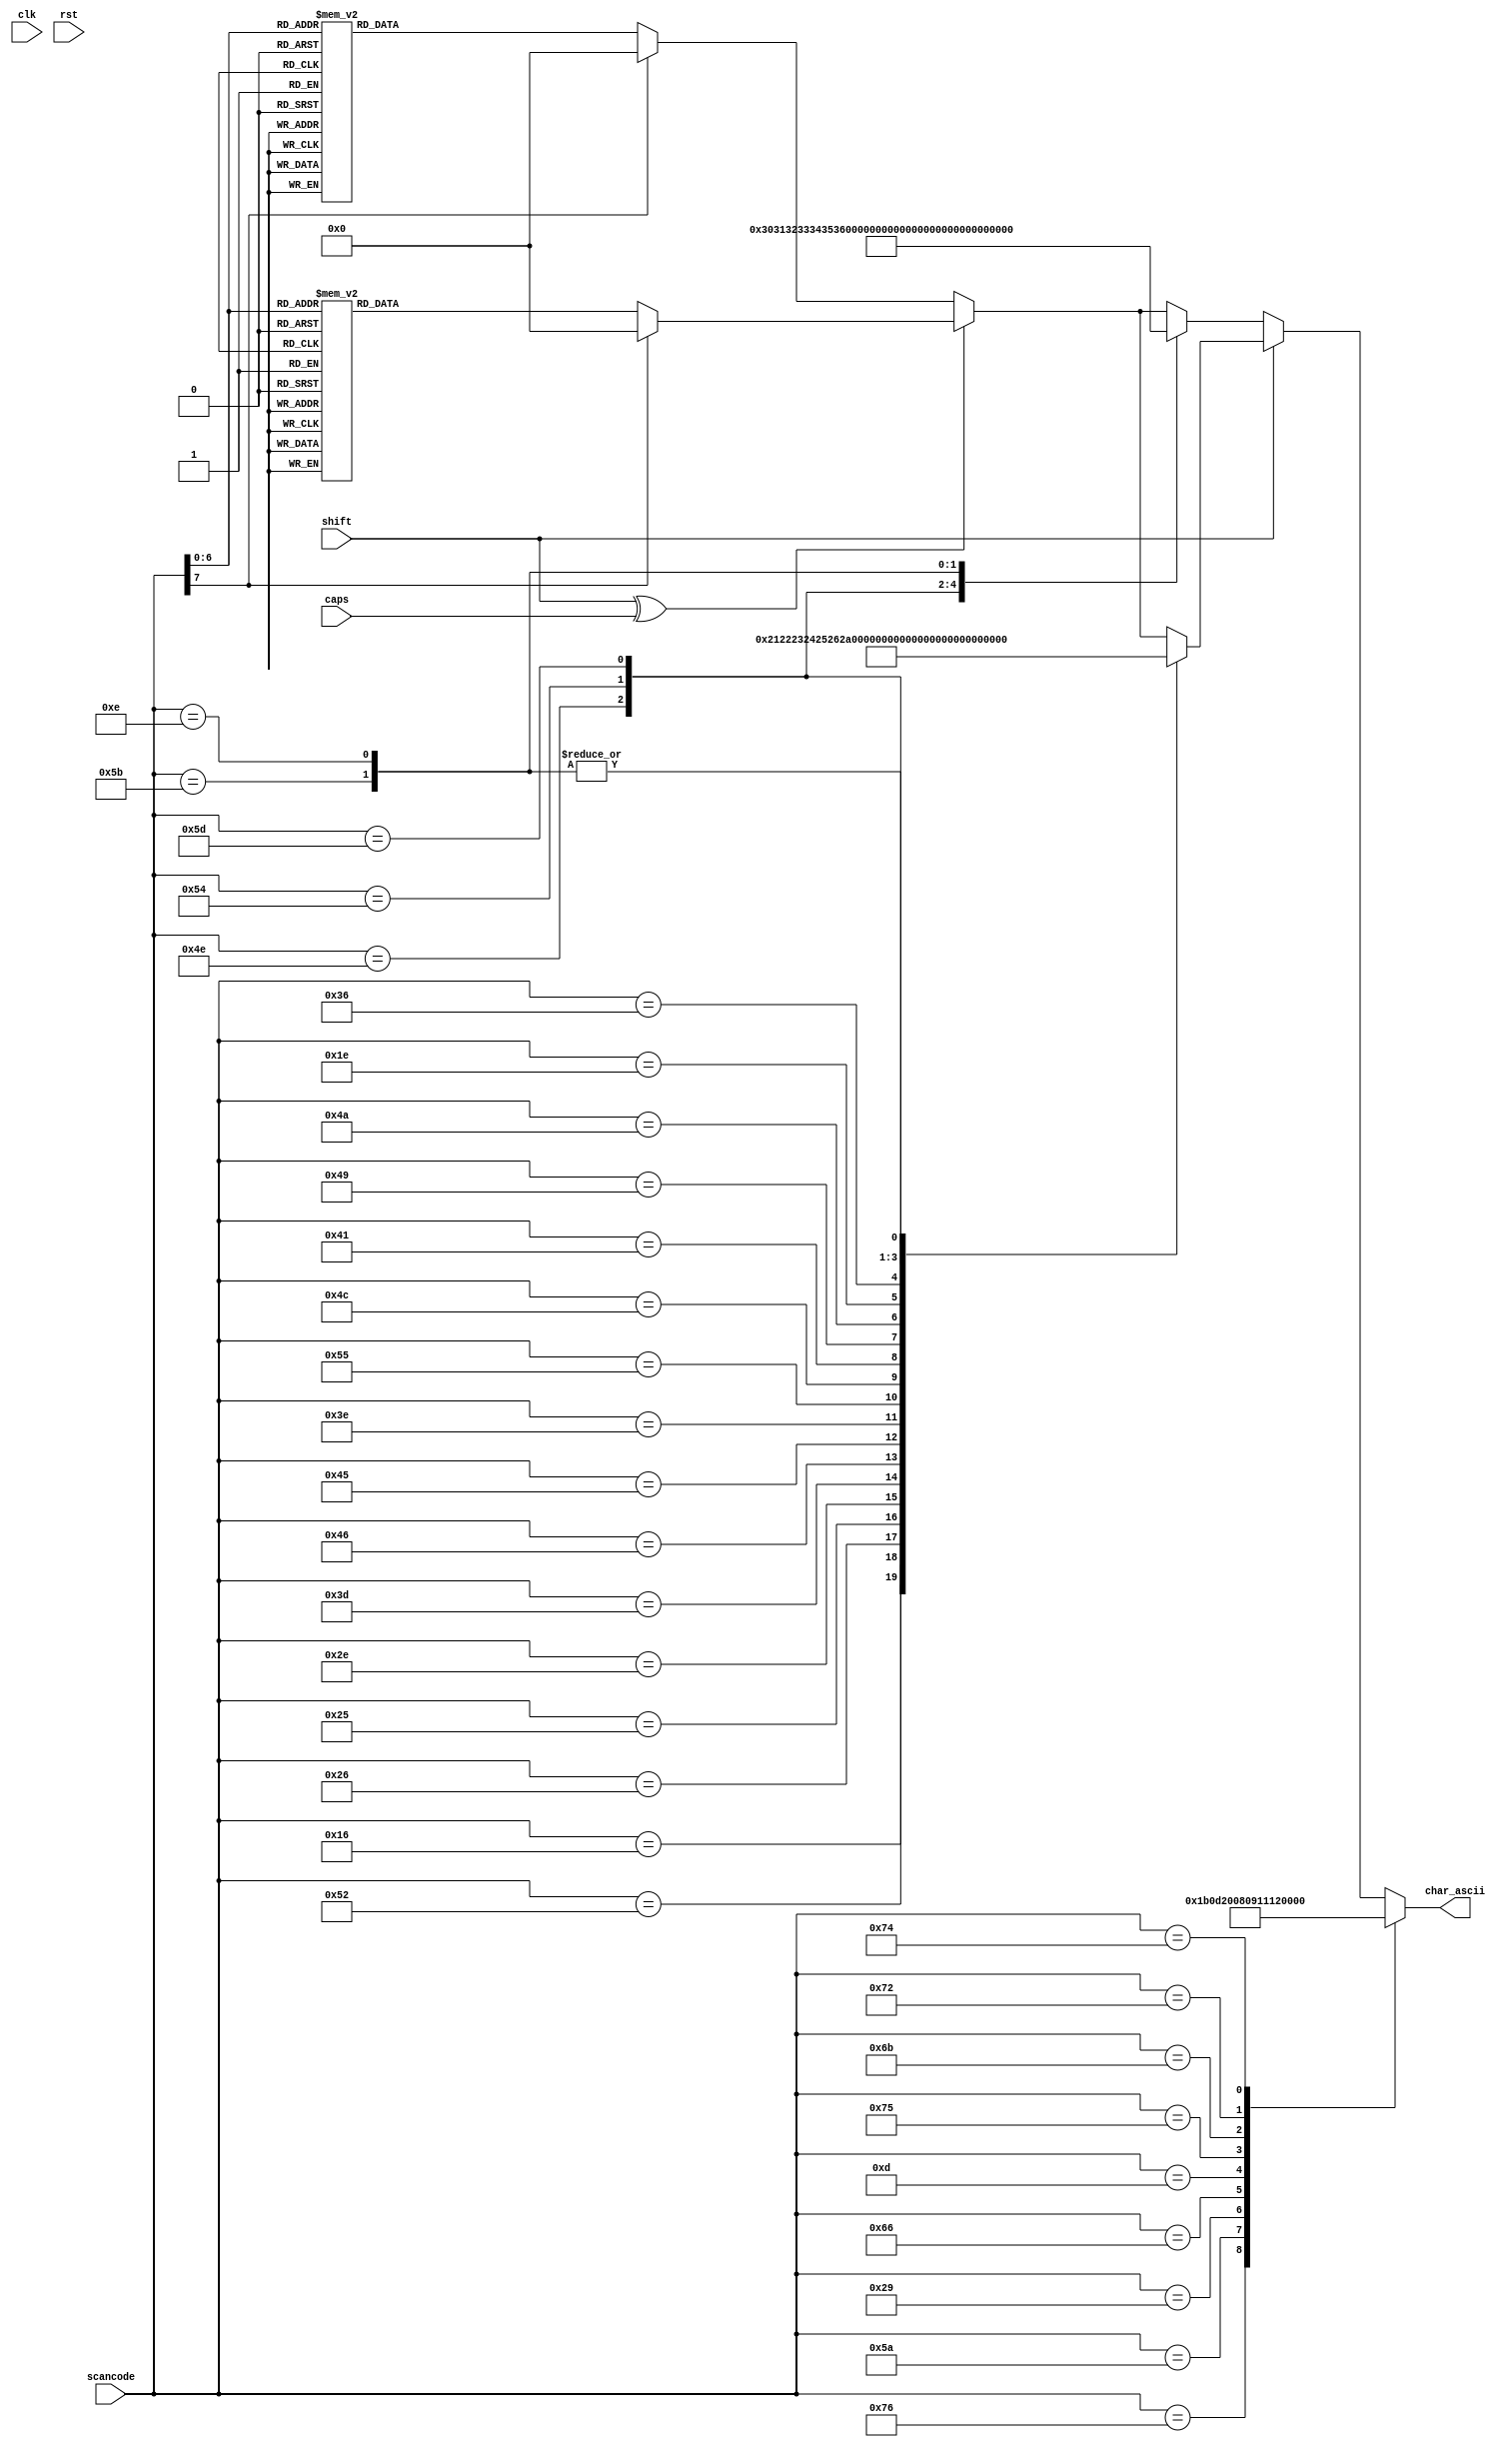
/*
Module:				scan_to_ascii

Description:		Converts a keyboard scan code to ascii. Does conversion
					depending on status of <shift> and <caps>. Signals that conversion
					is complete with <char_rda)

Team Binary Evolution
Ben Fuhrmann, Cody Hanson, Eric Harris, Ross Nordstrom, Eric Weisman

Module designed by:		Ross Nordstrom
Edited by:		
Module interface by:	

Date:	03/05/2011

*/

`timescale 1ns / 1ps
module scan_to_ascii(
    input clk,
    input rst,
	input [7:0] scancode,
	input shift,
	input caps,
	output reg [7:0] char_ascii		// Result of conversion
    );

	// Conversion table
	always @(*) begin
		// Default - ignore unknown keys
		char_ascii = 8'h00; // (null)

		// Only upper case is one of shift/caps hit
		if (shift ^ caps) begin
			case (scancode)
				8'h1c: char_ascii = 8'h41;	// A
				8'h32: char_ascii = 8'h42;	// B
				8'h21: char_ascii = 8'h43;	// C
				8'h23: char_ascii = 8'h44;	// D
				8'h24: char_ascii = 8'h45;	// E
				8'h2b: char_ascii = 8'h46;	// F
				8'h34: char_ascii = 8'h47;	// G
				8'h33: char_ascii = 8'h48;	// H
				8'h43: char_ascii = 8'h49;	// I
				8'h3b: char_ascii = 8'h4a;	// J
				8'h42: char_ascii = 8'h4b;	// K
				8'h4b: char_ascii = 8'h4c;	// L
				8'h3a: char_ascii = 8'h4d;	// M
				8'h31: char_ascii = 8'h4e;	// N
				8'h44: char_ascii = 8'h4f;	// O
				8'h4d: char_ascii = 8'h50;	// P
				8'h15: char_ascii = 8'h51;	// Q
				8'h2d: char_ascii = 8'h52;	// R
				8'h1b: char_ascii = 8'h53;	// S
				8'h2c: char_ascii = 8'h54;	// T
				8'h3c: char_ascii = 8'h55;	// U
				8'h2a: char_ascii = 8'h56;	// V
				8'h1d: char_ascii = 8'h57;	// W
				8'h22: char_ascii = 8'h58;	// X
				8'h35: char_ascii = 8'h59;	// Y
				8'h1a: char_ascii = 8'h5a;	// Z
			endcase
		end else begin // Lower case letters
			case (scancode)
				8'h1c: char_ascii = 8'h61;	// a
				8'h32: char_ascii = 8'h62;	// b
				8'h21: char_ascii = 8'h63;	// c
				8'h23: char_ascii = 8'h64;	// d
				8'h24: char_ascii = 8'h65;	// e
				8'h2b: char_ascii = 8'h66;	// f
				8'h34: char_ascii = 8'h67;	// g
				8'h33: char_ascii = 8'h68;	// h
				8'h43: char_ascii = 8'h69;	// i
				8'h3b: char_ascii = 8'h6a;	// j
				8'h42: char_ascii = 8'h6b;	// k
				8'h4b: char_ascii = 8'h6c;	// l
				8'h3a: char_ascii = 8'h6d;	// m
				8'h31: char_ascii = 8'h6e;	// n
				8'h44: char_ascii = 8'h6f;	// o
				8'h4d: char_ascii = 8'h70;	// p
				8'h15: char_ascii = 8'h71;	// q
				8'h2d: char_ascii = 8'h72;	// r
				8'h1b: char_ascii = 8'h73;	// s
				8'h2c: char_ascii = 8'h74;	// t
				8'h3c: char_ascii = 8'h75;	// u
				8'h2a: char_ascii = 8'h76;	// v
				8'h1d: char_ascii = 8'h77;	// w
				8'h22: char_ascii = 8'h78;	// x
				8'h35: char_ascii = 8'h79;	// y
				8'h1a: char_ascii = 8'h7a;	// z
			endcase
		end // Upper vs. Lower case letters

		// Special characters if shift is pressed
		if (shift) begin
			case (scancode)
				8'h16: char_ascii = 8'h21;	// !
				8'h52: char_ascii = 8'h22;	// "
				8'h26: char_ascii = 8'h23;	// #
				8'h25: char_ascii = 8'h24;	// $
				8'h2e: char_ascii = 8'h25;	// %
				8'h3d: char_ascii = 8'h26;	// &
				8'h46: char_ascii = 8'h29;	// (
				8'h45: char_ascii = 8'h2a;	// )
				8'h3e: char_ascii = 8'h2b;	// *
				8'h55: char_ascii = 8'h2c;	// +
				8'h4c: char_ascii = 8'h3a;	// :
				8'h41: char_ascii = 8'h3c;	// <
				8'h49: char_ascii = 8'h3e;	// >
				8'h4a: char_ascii = 8'h3f;	// ?
				8'h1e: char_ascii = 8'h40;	// @
				8'h36: char_ascii = 8'h5e;	// ^
				8'h4e: char_ascii = 8'h5f;	// _
				8'h54: char_ascii = 8'h7b;	// {
				8'h5d: char_ascii = 8'h7c;	// |
				8'h5b: char_ascii = 8'h7d;	// }
				8'h0e: char_ascii = 8'h7d;	// ~
			endcase
		end else begin // Nums / no-shift special characters
			case (scancode)
				8'h45: char_ascii = 8'h30;	// 0
				8'h16: char_ascii = 8'h31;	// 1
				8'h1e: char_ascii = 8'h32;	// 2
				8'h26: char_ascii = 8'h33;	// 3
				8'h25: char_ascii = 8'h34;	// 4
				8'h2e: char_ascii = 8'h35;	// 5
				8'h36: char_ascii = 8'h36;	// 6
				8'h3d: char_ascii = 8'h37;	// 7
				8'h3e: char_ascii = 8'h38;	// 8
				8'h46: char_ascii = 8'h39;	// 9

				8'h52: char_ascii = 8'h27;	// '
				8'h55: char_ascii = 8'h3d;	// =
				8'h4c: char_ascii = 8'h3b;	// ;
				8'h41: char_ascii = 8'h2c;	// ,
				8'h49: char_ascii = 8'h2e;	// .
				8'h4a: char_ascii = 8'h2f;	// /
				8'h4e: char_ascii = 8'h2d;	// -
				8'h54: char_ascii = 8'h5b;	// [
				8'h5d: char_ascii = 8'h5c;	// \
				8'h5b: char_ascii = 8'h5d;	// ]
				8'h0e: char_ascii = 8'h60;	// `
			endcase
		end // Nums/special characters w/ and w/o shift

		case (scancode)
			8'h76: char_ascii = 8'h1b;	// (esc)
			8'h5a: char_ascii = 8'h0d;	// (enter)
			8'h29: char_ascii = 8'h20;	// (space)
			8'h66: char_ascii = 8'h08;	// (backspace)
			8'h0d: char_ascii = 8'h09;	// (tab)

			8'h75: char_ascii = 8'h11;	// (up arrow)
			8'h6b: char_ascii = 8'h12;	// (left arrow)
			8'h72: char_ascii = 8'h13;	// (down arrow)
			8'h74: char_ascii = 8'h14;	// (right arrow)
		endcase // case(scancode)
	end // conversion table
endmodule // scan_to_ascii.v